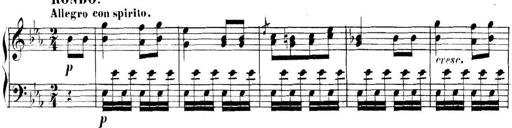
Title: Collected Piano Sonatas
Composer: Muzio Clementi